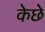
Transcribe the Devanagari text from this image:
केछे